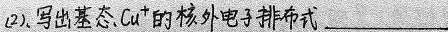
##(2).写出基态Cu^{+}的核外电子排布式___##